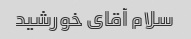
سلام آقای خورشید